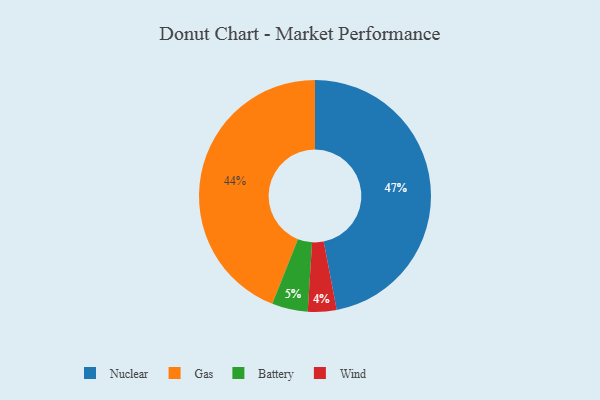
{"axis": {"x": "Category", "y": "Percentage"}, "legend": ["Battery", "Gas", "Nuclear", "Wind"], "data": [{"x": "Battery", "y": 5, "type": "Battery"}, {"x": "Wind", "y": 4, "type": "Wind"}, {"x": "Gas", "y": 44, "type": "Gas"}, {"x": "Nuclear", "y": 47, "type": "Nuclear"}]}